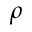
\rho